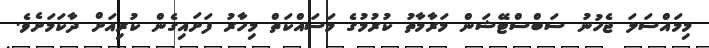
މިމައްސަލަ ޖެހުނު ސަބްސްޓޭޝަން މަރާމާތު ކުރުމުގެ މަސައްކަތް މިހާރު ފަށައިގެން ކުރިއަށް ދާކަމަށެވެ.